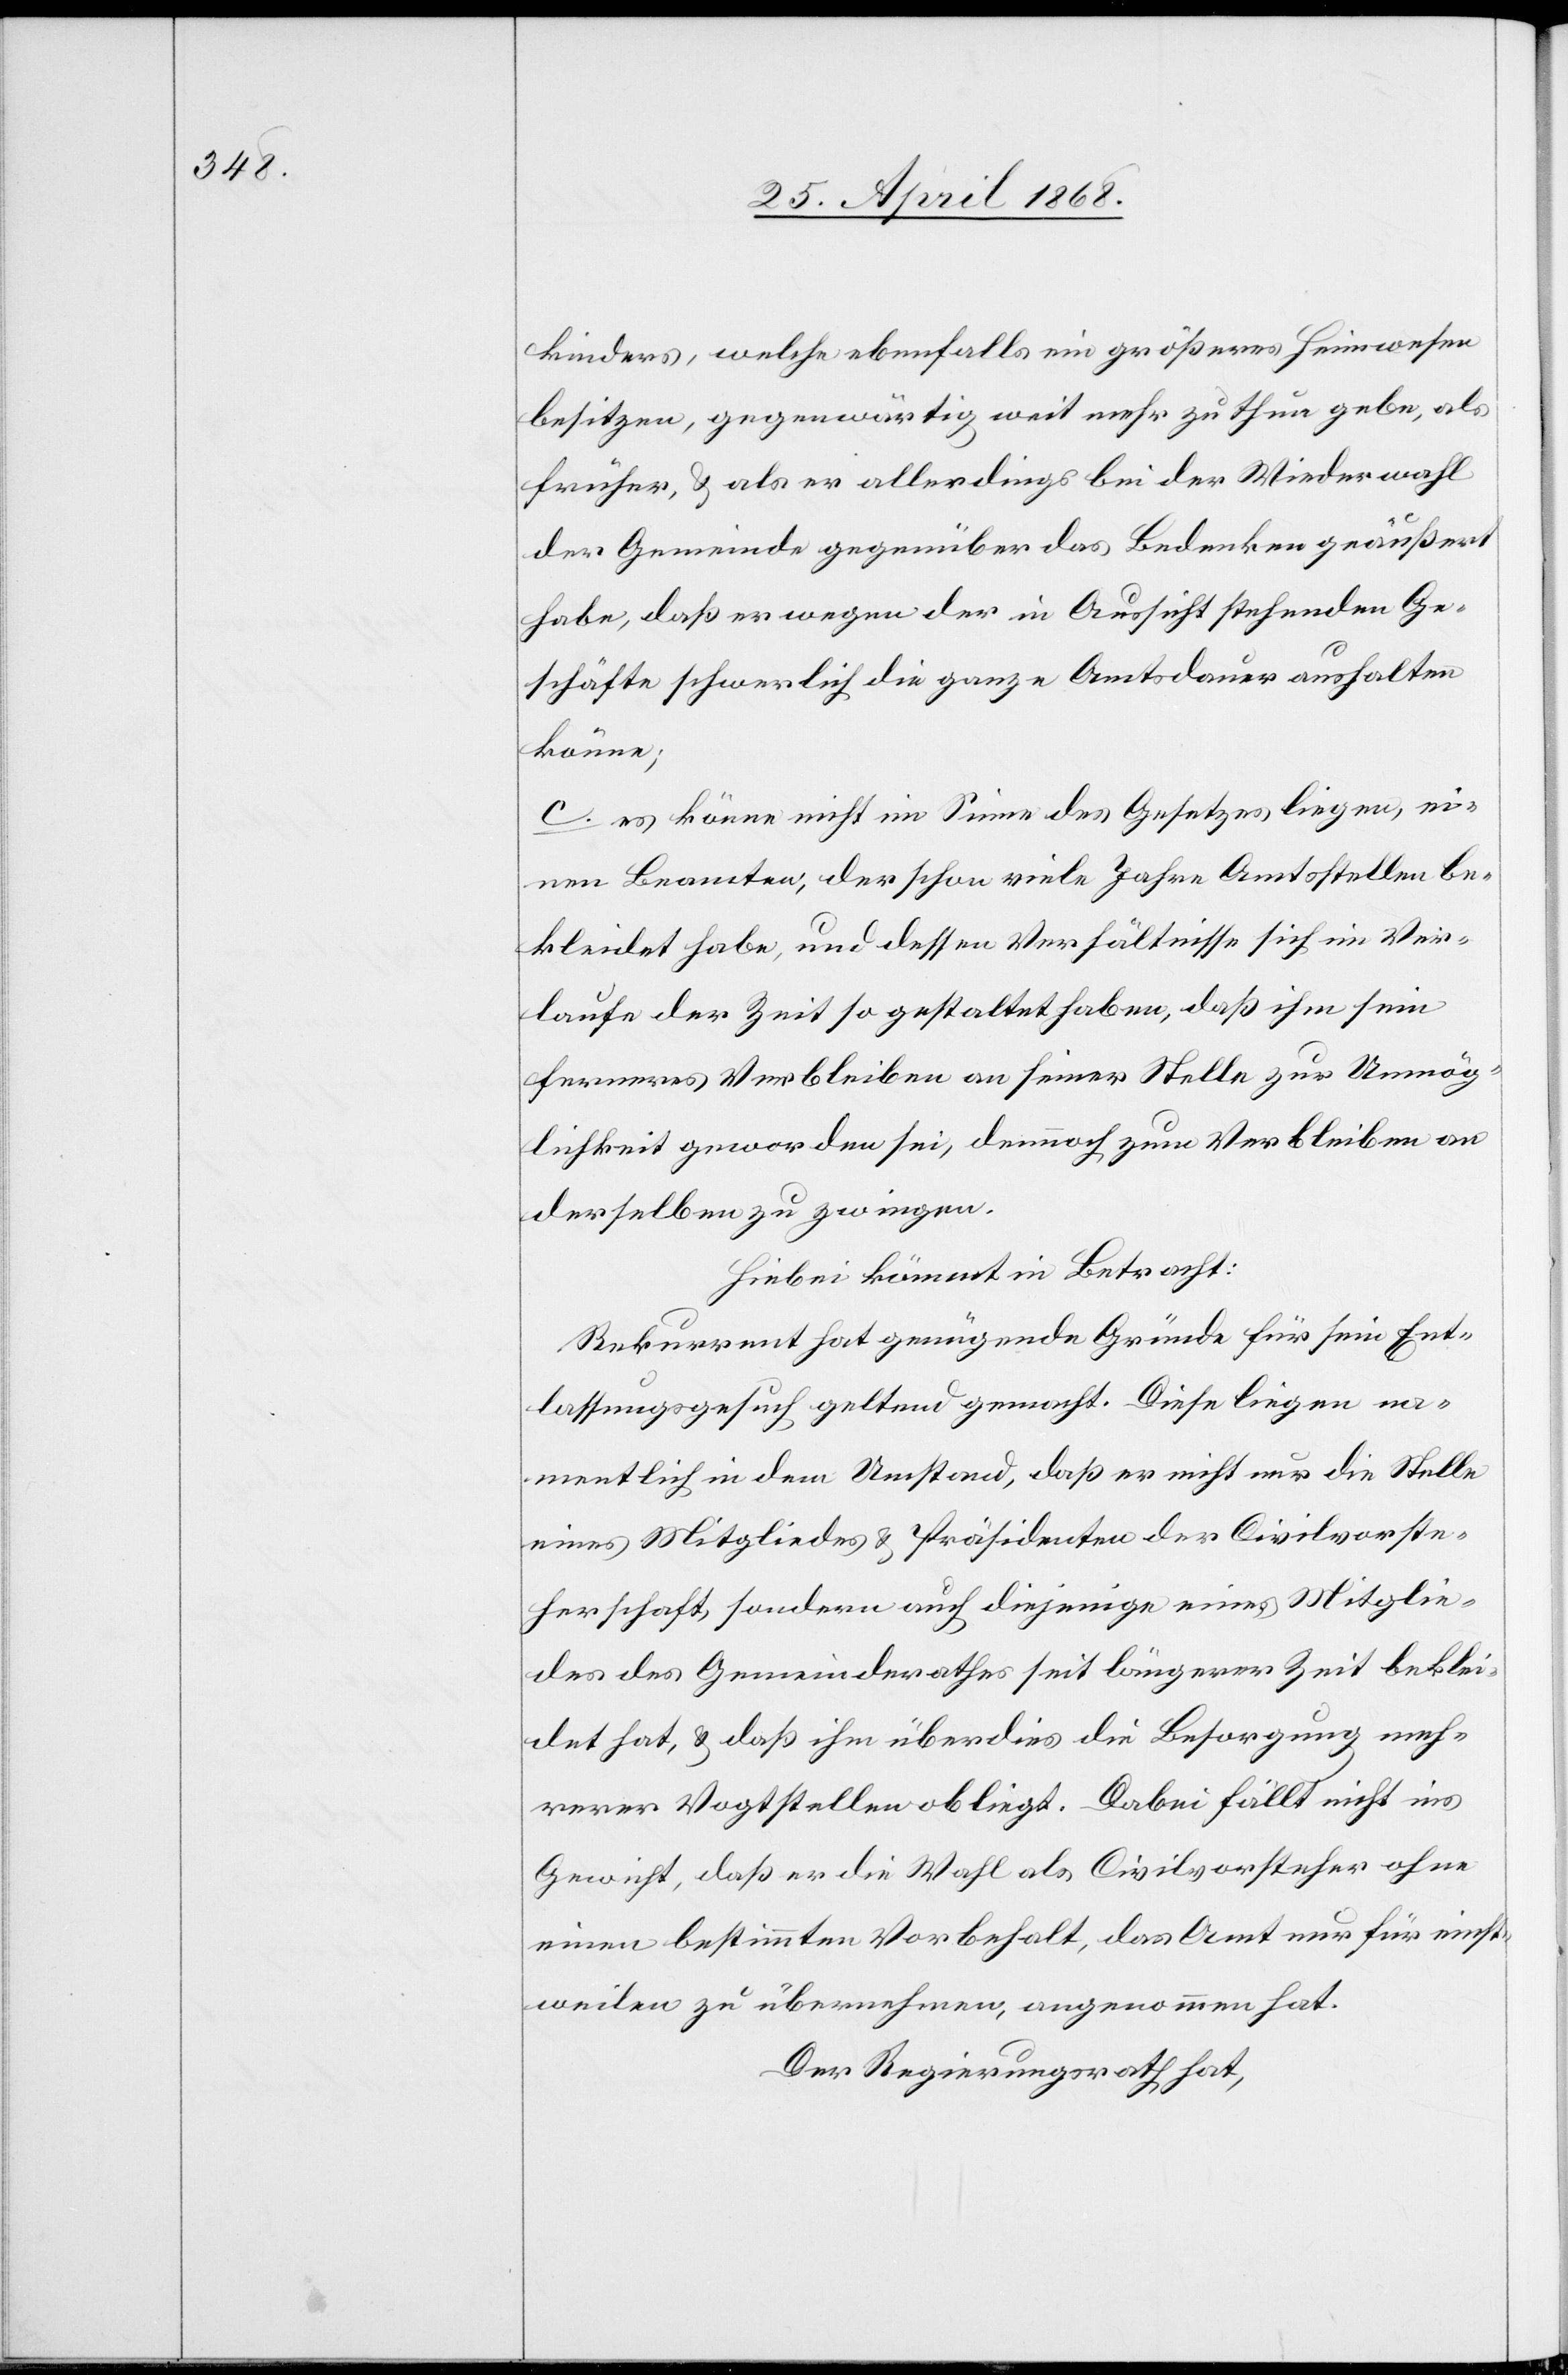
kinders [sic!], welche ebenfalls ein größeres Heimwesen
besitzen, gegenwärtig weit mehr zu thun gebe, als
früher, & als er allerdings bei der Wiederwahl
der Gemeinde gegenüber das Bedenken geäußert
habe, daß er wegen der in Aussicht stehenden Ge¬
schäfte schwerlich die ganze Amtsdauer aushalten
könne;
c. es könne nicht im Sinne des Gesetzes liegen, ei¬
nen Beamten, der schon viele Jahre Amtsstellen be¬
kleidet habe, und dessen Verhältnisse sich im Ver¬
laufe der Zeit so gestaltet haben, daß ihm sein
ferneres Verbleiben an seiner Stelle zur Unmög¬
lichkeit geworden sei, dennnoch [sic!] zum Verbleiben an
derselben zu zwingen.
Hiebei kömmt in Betracht:
Rekurrent hat genügende Gründe für sein Ent¬
lassungsgesuch geltend gemacht. Diese liegen na¬
mentlich in dem Umstand, daß er nicht nur die Stelle
eines Mitgliedes & Präsidenten der Civilvorste¬
herschaft, sondern auch diejenige eines Mitglie¬
des des Gemeinderathes seit längerer Zeit beklei¬
det hat, & daß ihm überdies die Besorgung meh¬
rerer Vogtstellen obliegt. Dabei fällt nicht ins
Gewicht, daß er die Wahl als Civilvorsteher ohne
einen bestimmten Vorbehalt, das Amt nur für einst¬
weilen zu übernehmen, angenommen hat.
Der Regierungsrath hat,